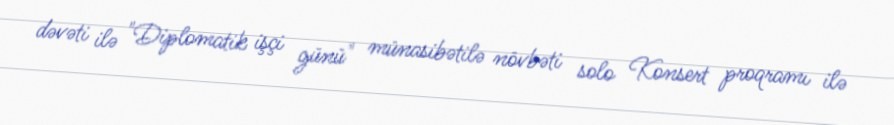
dəvəti ilə "Diplomatik işçi günü" münasibətilə növbəti solo Konsert proqramı ilə